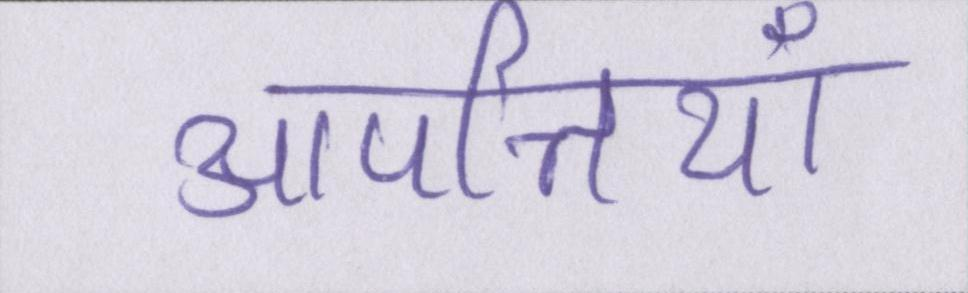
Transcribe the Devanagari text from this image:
आपत्तियाँ